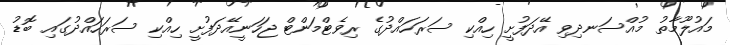
މައުލޫމާތު މުއްސަނދިވި އޭދަފުށީ ހިއްކި ސަރަހައްދުގެ ރިވެޓްމަންޓް ޖަހަނީއޭދަފުށީ ހިއްކި ސަރަހައްދުގައި ބޮޑު